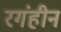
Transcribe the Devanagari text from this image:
रगंहीन